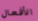
الأفعال